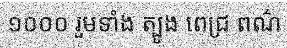
១០០០ រួមទាំង ត្បូង ពេជ្រ ពណ៌